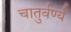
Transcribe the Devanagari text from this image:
चातुर्वर्ण्यं